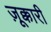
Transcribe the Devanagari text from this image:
ज़ूक्कारी